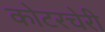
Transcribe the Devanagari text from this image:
कोटरचेरी